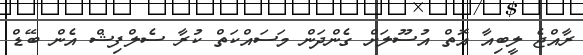
ރާއްޖެ ލީބިއާ އޮތް އުސޫލަށް ގެންދަން މަސައްކަތް ކުރާ ސެލްފިޝް އެން ބޭޑް